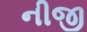
નીજી